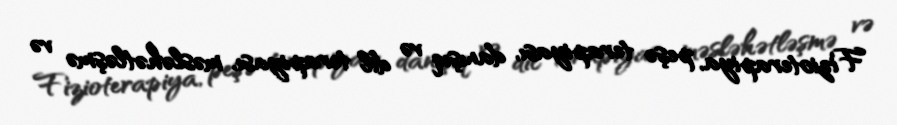
Fizioterapiya, peşə terapiyası, danışıq və dil terapiyası, məsləhətləşmə və